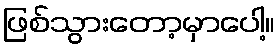
ဖြစ်သွားတော့မှာပေါ့။